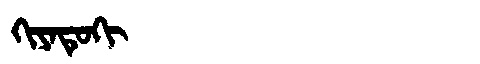
Manchu: ᡴᡳᠶᠠᡨᡠᡴᡳ
Romanization: KIYATUKI